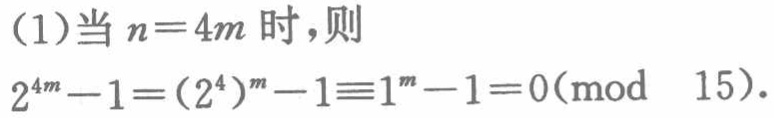
(1)当 \(n = 4m\) 时，则

\(2^{4m}-1=(2^{4})^{m}-1\equiv1^{m}-1 = 0(\text{mod }15)\).